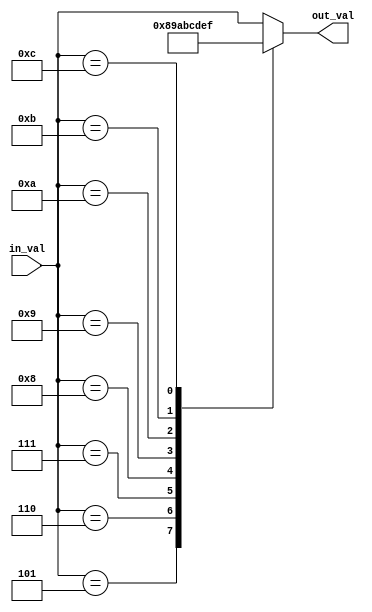
module add3gt4(input wire[3:0] in_val, output reg[3:0] out_val);
always @(in_val) begin
    case (in_val)
        4'b0101: out_val <= 4'b1000;
        4'b0110: out_val <= 4'b1001;
        4'b0111: out_val <= 4'b1010;
        4'b1000: out_val <= 4'b1011;
        4'b1001: out_val <= 4'b1100;
        4'b1010: out_val <= 4'b1101;
        4'b1011: out_val <= 4'b1110;
        4'b1100: out_val <= 4'b1111;
        default: out_val <= in_val;
    endcase
end
endmodule

module add3gt4_n #(parameter N = 1)
            (input wire [4 * N - 1 : 0] in_val,
             output wire [4 * N - 1 : 0] out_val);

genvar i;
generate
for(i = 0; i < N; i = i + 1) begin: gen_add3
    add3gt4 add3(in_val[4 * (i + 1) - 1: 4 * i], out_val[4 * (i + 1) - 1: 4 * i]);
end
endgenerate

endmodule

module bin2bcd #(parameter IN_BITS = 8,
                 parameter OUT_BITS = 10)
            (input wire [IN_BITS-1:0] bin_number,
             output wire [OUT_BITS-1:0] bcd_number);


genvar bits_shifted;
generate
for (bits_shifted = 3; bits_shifted < IN_BITS; bits_shifted = bits_shifted + 1) begin : gen

    wire [IN_BITS + bits_shifted / 3 - 1 : 0] out_wires;
    
    if(bits_shifted == 3) begin
    
        add3gt4_n #(bits_shifted / 3) add3n(
                        {1'b0, bin_number[IN_BITS - 1 : IN_BITS - 3]},
                        out_wires[IN_BITS : IN_BITS - 3]
                    );
        assign out_wires[IN_BITS - 4: 0] = bin_number[IN_BITS - 4:0];
        
    end else if(bits_shifted % 3 == 0) begin
    
        add3gt4_n #(bits_shifted / 3) add3n(
                        {1'b0, gen[bits_shifted - 1].out_wires[IN_BITS + (bits_shifted - 1) / 3 - 1 : IN_BITS - (bits_shifted / 3) * 3]},
                        out_wires[IN_BITS + bits_shifted / 3 - 1 : IN_BITS - (bits_shifted / 3) * 3]
                    );
        assign out_wires[IN_BITS - (bits_shifted / 3) * 3 - 1: 0] = bin_number[IN_BITS - (bits_shifted / 3) * 3 - 1:0];
        
    end else begin
    
        add3gt4_n #(bits_shifted / 3) add3n(
                        {gen[bits_shifted - 1].out_wires[IN_BITS + bits_shifted / 3 - 1 - bits_shifted % 3 : IN_BITS - (bits_shifted / 3) * 3 - bits_shifted % 3]},
                        out_wires[IN_BITS + bits_shifted / 3 - 1 - bits_shifted % 3 : IN_BITS - (bits_shifted / 3) * 3 - bits_shifted % 3]
                    );
        assign out_wires[IN_BITS + bits_shifted / 3 - 1: IN_BITS + bits_shifted / 3 - bits_shifted % 3] = gen[bits_shifted - 1].out_wires[IN_BITS + bits_shifted / 3 - 1 : IN_BITS + bits_shifted / 3 - bits_shifted % 3];
        assign out_wires[IN_BITS - (bits_shifted / 3) * 3 - bits_shifted % 3 - 1: 0] = bin_number[IN_BITS - (bits_shifted / 3) * 3 - bits_shifted % 3 - 1:0];
        
    end
end

assign bcd_number = gen[IN_BITS - 1].out_wires;

endgenerate

endmodule